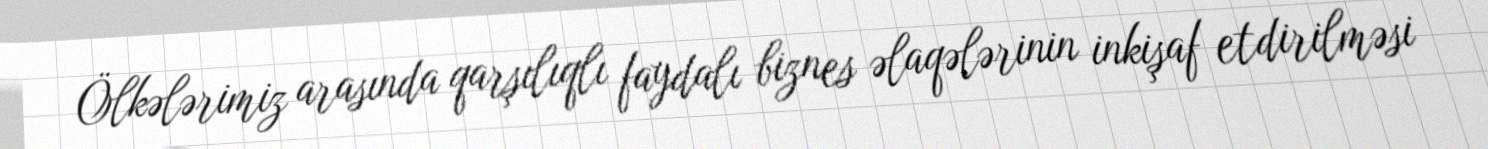
Ölkələrimiz arasında qarşılıqlı faydalı biznes əlaqələrinin inkişaf etdirilməsi